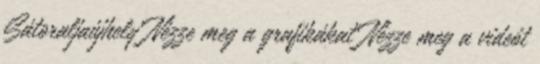
Sátoraljaújhely Nézze meg a grafikákat Nézze meg a videót